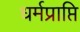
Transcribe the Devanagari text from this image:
धर्मप्राप्ति